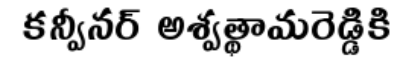
కన్వీనర్ అశ్వత్థామరెడ్డికి